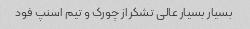
بسیار بسیار عالی تشکر از چورک و تیم اسنپ فود